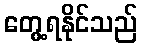
တွေ့ရနိုင်သည်